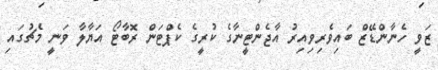
ޒަވީ ހެނާންޑޭޒް ބައިވެރިވިއިރު އާޖެންޓީނާގެ ކުރީގެ ކެޕްޓަން ރޮބާޓޯ އަޔާލާ ވަނީ މެޗުގައި